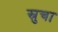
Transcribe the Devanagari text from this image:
स्रुचा